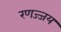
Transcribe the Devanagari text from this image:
रणज्जय